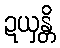
ဍယှန္တိ